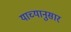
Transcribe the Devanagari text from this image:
याच्यानुसार